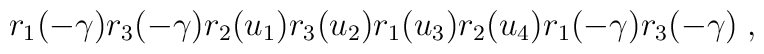
r_{1}(-\gamma)r_{3}(-\gamma)r_{2}(u_{1})r_{3}(u_{2})  r_{1}(u_{3})r_{2}(u_{4})r_{1}(-\gamma)r_{3}(-\gamma)\;,